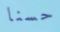
حسنا